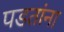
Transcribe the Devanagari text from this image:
पडतांना